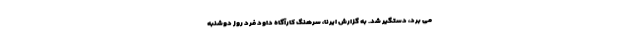
می برد، دستگیر شد. به گزارش ایرنا، سرهنگ کارآگاه داود فرد روز دوشنبه